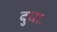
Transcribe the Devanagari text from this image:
बुधाः